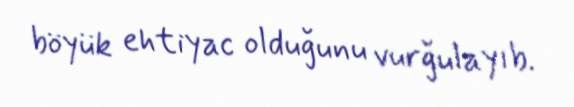
böyük ehtiyac olduğunu vurğulayıb.